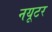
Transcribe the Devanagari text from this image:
नयूटर